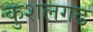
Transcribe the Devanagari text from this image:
कुशलगढ